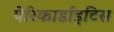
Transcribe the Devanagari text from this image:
पेरिकार्डाइटिस